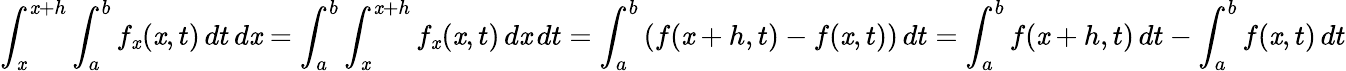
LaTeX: \int_{\mathit{x}}^{\mathit{x}+h}\int_{a}^{b}f_{\mathit{x}}(\mathit{x},t)\, dt\, d\mathit{x}=\int_{a}^{b}\int_{\mathit{x}}^{\mathit{x}+h}f_{\mathit{x}}(\mathit{x},t)\, d\mathit{x}\, dt=\int_{a}^{b}\left(f(\mathit{x}+h,t)-f(\mathit{x},t)\right)\, dt=\int_{a}^{b}f(\mathit{x}+h,t)\, dt-\int_{a}^{b}f(\mathit{x},t)\, dt